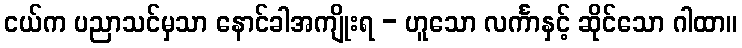
ငယ်က ပညာသင်မှသာ နောင်ခါအကျိုးရ - ဟူသော လင်္ကာနှင့် ဆိုင်သော ဂါထာ။